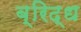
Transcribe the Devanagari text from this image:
ब्रिद्ध